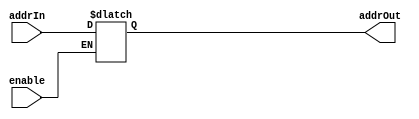
module addressRegister(addrOut, addrIn, enable);

output reg [15:0] addrOut;
input wire [15:0] addrIn;
input wire enable;

always@(enable)
begin
	if(!enable)
	begin
		addrOut = addrIn;
	end
end

endmodule